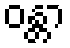
ဝန္တာ